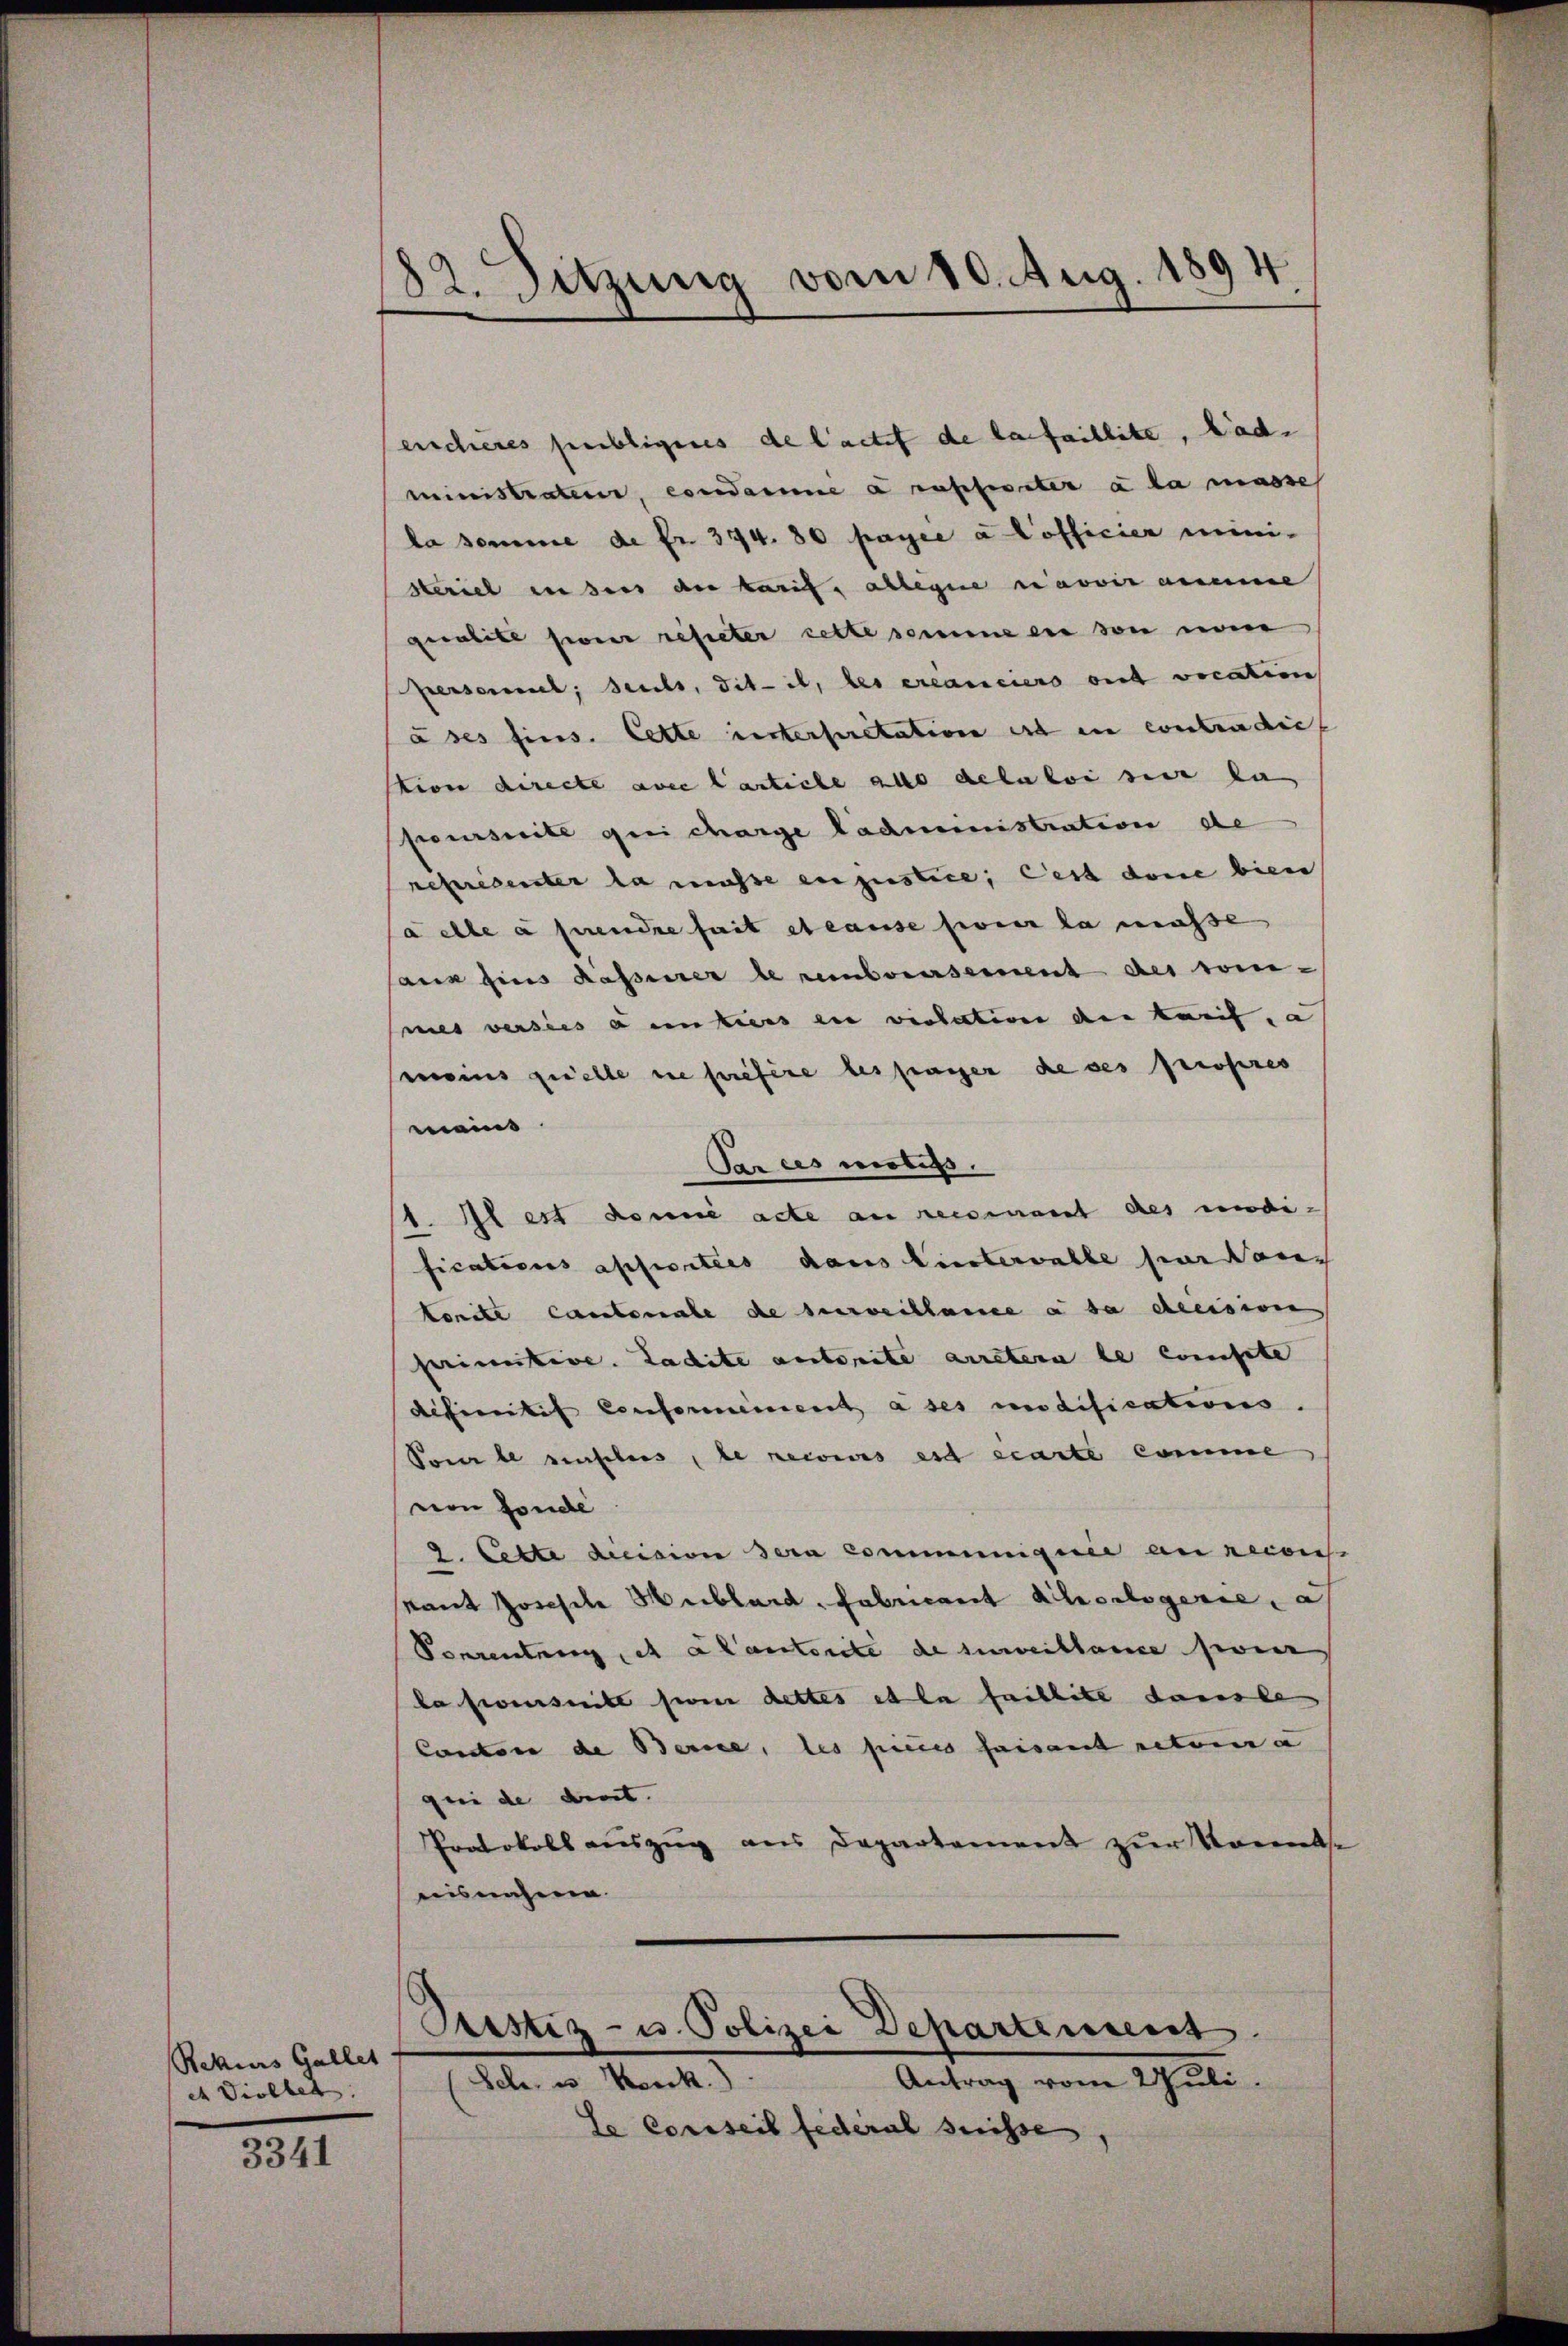
Rekurs Gallet
et Viellet. |

3341

82. Sitzung vom 10. Aug. 1894

encieres publigeres de l’actes de la faillite, Lade
ministrateur, condame a rupfereter à la masse
la somme de fr. 374. 80 payée à Cofficier mini-
steriel in ders den karis, alleine avoir angeme
qualite siener refueter cette somme en von no
Personnel; seuls, Tit. il, les créanciers ont vocation
à ses fins. Cette unterpretation ist in contradic
tion directe avec Carticle alle dela loi sur la
peursuite qui charge Ladministration de
referesenster la müsse en justice, ces done bien
a elle à prende fait et cause sur la masse
sane zins Kassener le remboursement des commes versies a unters en violation der Tarif, a
smeins quelle ne prefere des passer de ses propres
meins
Pan des motifs.
1. Il est donne acte an reconnant des modi-
fications apporties dans Eintervalle hier aus
tonte Cantonale de surveillance à sa decision
perimitive. Ladite autorite arretern le conste
definitif Conformiment à ses modifications.
Sone le einschers, de recowas est exante comme
von Fonde
2. Cette decision sera communicier an recons
kant Joseph Hublard. Fabricant Achselsgerie a.
Ponrenten, et a Cantorite de surveillance sein
la siverseite sie dettes et la faillite danste
Cantone de Berice, les pieces faisant retaria
gei de dient.
Protokoll auszug aus Departement zur Vorentse
isnahme

Sistiz- u. Polizei Departement.

Antrag vom 2 Juli
(Sch. u. Werk.)
le Conseil federal suisse,